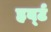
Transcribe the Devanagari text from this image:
हर्ब्ट